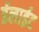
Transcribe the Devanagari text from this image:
ईलाईट